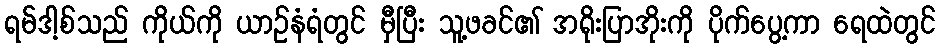
ရမ်ဒါ့စ်သည် ကိုယ်ကို ယာဉ်နံရံတွင် မှီပြီး သူ့ဖခင်၏ အရိုးပြာအိုးကို ပိုက်ပွေ့ကာ ရေထဲတွင်